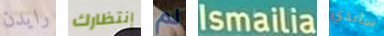
رايدن إنتظارك لم Ismailia ساندي